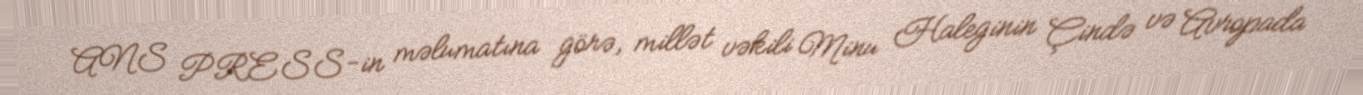
ANS PRESS-in məlumatına görə, millət vəkili Minu Haleginin Çində və Avropada